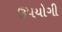
ઉ૫યોગી